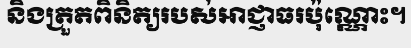
និងត្រួតពិនិត្យរបស់អាជ្ញាធរប៉ុណ្ណោះ។